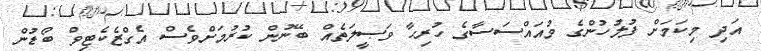
އަދި މިކަމަށް ފުލުހުންގެ މުއައްސަސާގެ ހުރިހާ ވަޞީލަތެއް ބޭނުން ކުރުމަށްވެސް އެގްޒެކެޓިވް ބޯޑުން